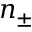
n _ { \pm }